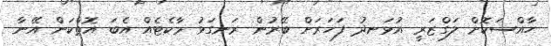
ހާއްސަކޮށް ލަގްޒަރީ އުޅަނދު ފަހަރަށް ބޭރުން ރަނގަޅު މާކެޓެއް އެބަ އޮތްކަން އޭނާ